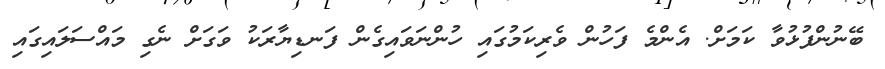
ބޭނުންފުޅުވާ ކަމަށް. އެންމެ ފަހުން ވެރިކަމުގައި ހުންނަވައިގެން ފަނޑިޔާރަކު ވަގަށް ނެގި މައްސަލައިގައި